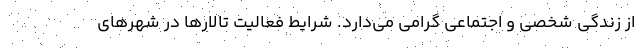
از زندگی شخصی و اجتماعی گرامی می‌دارد. شرایط فعالیت تالارها در شهرهای